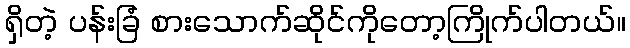
ရှိတဲ့ ပန်းခြံ စားသောက်ဆိုင်ကိုတော့ကြိုက်ပါတယ်။